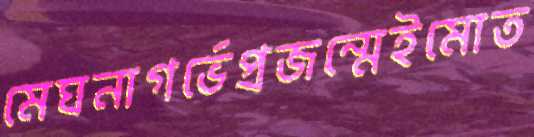
মেঘনাগর্ভেপ্রজন্মেইমোত